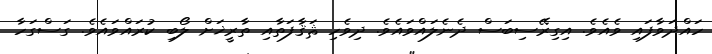
ހައްދަވާފައި ވެއެވެ. އިގިރޭސިބަސް ދެނެލައްވައެވެ. ދިވެހި ޘަޤާފަތާއި ތާރީޚަށް ލޯބި ކުރައްވައެވެ. ގަސްގަހާ